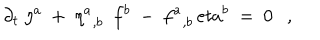
LaTeX: \partial _ { t } \ \eta ^ { a } \ + \ { \eta ^ { a } } _ { , b } \ \ f ^ { b } \ - \ { f ^ { a } } _ { , b } \, e t a ^ { b } \ = \ 0 \ \ \ ,